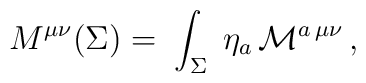
M^{\mu \nu}(\Sigma) = \; \int_\Sigma  \;\eta_a \, {\cal M}^{a\,\mu\nu}\,,